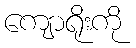
ကျောရိုးကို